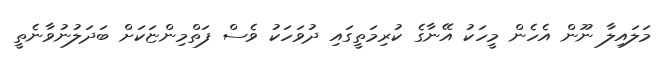
މަލައިލާ ނޫން އެހެން މީހަކު އޭނާގެ ކުރިމަތީގައި ދުވަހަކު ވެސް ފަތްމިންޏަކަށް ބަދަލުނުވާނެތީ